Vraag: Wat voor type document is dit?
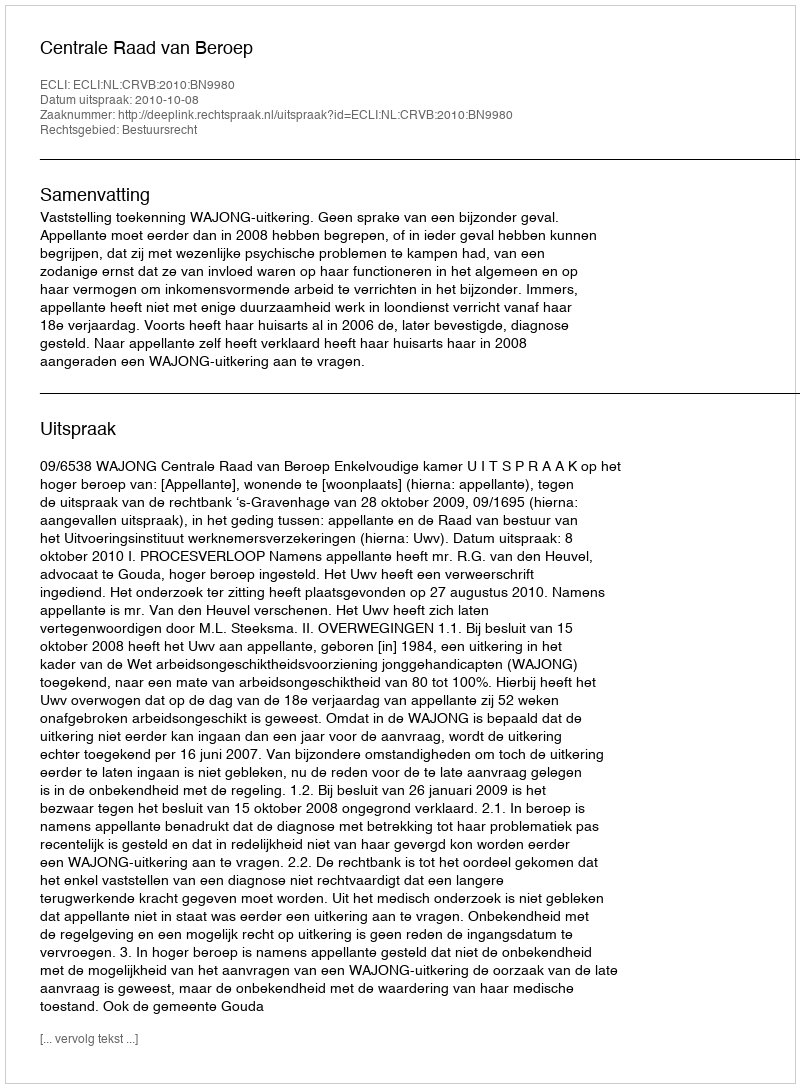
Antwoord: Uitspraak